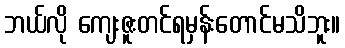
ဘယ်လို ကျေးဇူးတင်ရမှန်းတောင်မသိဘူး။